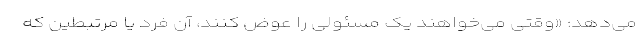
می‌دهد: «وقتی می‌خواهند یک مسئولی را عوض کنند، آن فرد یا مرتبطین که